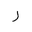
Letter: _ra